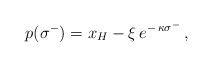
\begin{align*}\:p(\sigma^{-}) = x_{H} - \xi \,e^{-\,\kappa \sigma^{-}} \,,\:\end{align*}